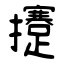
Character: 攓